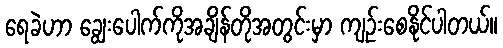
ရေခဲဟာ ချွေးပေါက်ကိုအချိန်တိုအတွင်းမှာ ကျဉ်းစေနိုင်ပါတယ်။